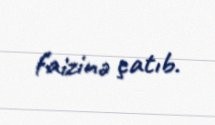
faizinə çatıb.